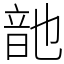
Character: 䪧